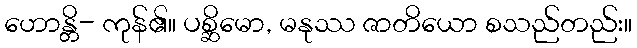
ဟောန္တိ- ကုန်၏။ ပစ္ဆိမော, မနုဿ ဇာတိယော စသည်တည်း။